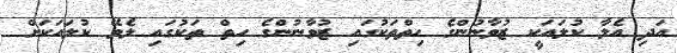
އަދި އެލާ ކުލައަކީ ޒުވާނުންގެ ހިތްތަކުގައި ޒުވާނުންގެ ހިތް ތަކުގައި ލެވޭ ކުލައަކަށް